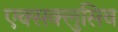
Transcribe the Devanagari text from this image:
एक्सक्लुसिव